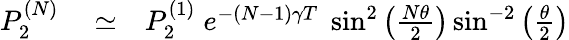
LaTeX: \begin{array}{rlr}{P_{2}^{(N)}}&{{}\simeq}&{P_{2}^{(1)}\; e^{-(N-1)\gamma T}\; \sin^{2}\left(\frac{N\theta}{2}\right)\sin^{-2}\left(\frac{\theta}{2}\right)}\end{array}